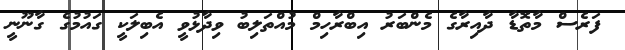
ފަރެސް މާތޮޑާ ދާއިރާގެ މެންބަރު އިބްރާހިމް މުއްތަލިބު ވިދާޅުވީ އެބިލަކީ ގައުމުގެ ގާނޫނީ